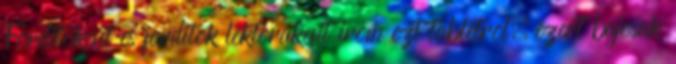
Forditokent es forditok lektorakent irom ezt tabletrol, ezert bajosak